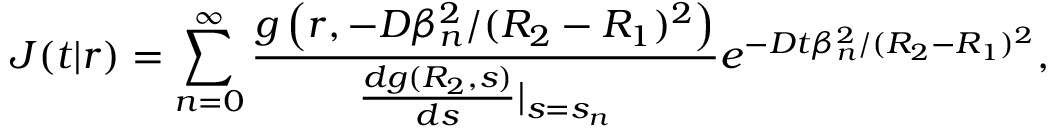
J ( t | r ) = \sum _ { n = 0 } ^ { \infty } \frac { g \left( r , - D \beta _ { n } ^ { 2 } / ( R _ { 2 } - R _ { 1 } ) ^ { 2 } \right) } { \frac { d g ( R _ { 2 } , s ) } { d s } | _ { s = s _ { n } } } e ^ { - D t \beta _ { n } ^ { 2 } / ( R _ { 2 } - R _ { 1 } ) ^ { 2 } } ,